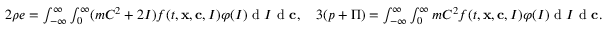
\begin{array} { r } { 2 \rho e = \int \displaylimits _ { - \infty } ^ { \infty } \int \displaylimits _ { 0 } ^ { \infty } ( m C ^ { 2 } + 2 I ) f ( t , \mathbf x , \mathbf c , I ) \varphi ( I ) \textrm { d } I \textrm { d } \mathbf c , \quad 3 ( p + \Pi ) = \int \displaylimits _ { - \infty } ^ { \infty } \int \displaylimits _ { 0 } ^ { \infty } m C ^ { 2 } f ( t , \mathbf x , \mathbf c , I ) \varphi ( I ) \textrm { d } I \textrm { d } \mathbf c . } \end{array}